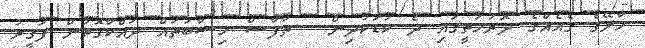
މާލޭގެ ގެއެއްގެ ދޮރުމަތީގައި ދެ ކުޑަކުދިން - ތަފާސް ހިސާބުތައް ދައްކާގޮތުން ފަގީރު